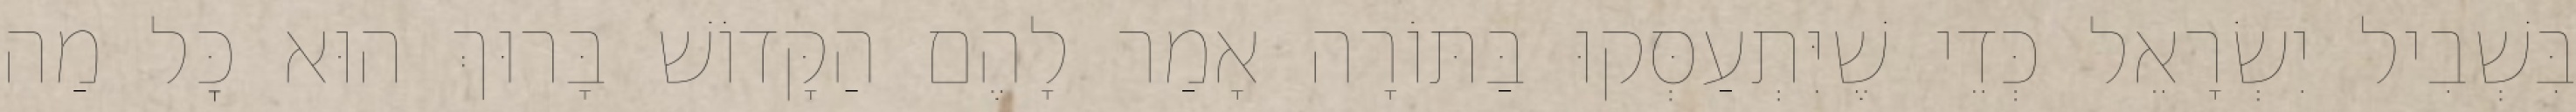
בִּשְׁבִיל יִשְׂרָאֵל כְּדֵי שֶׁיִּתְעַסְּקוּ בַּתּוֹרָה אָמַר לָהֶם הַקָּדוֹשׁ בָּרוּךְ הוּא כׇּל מַה